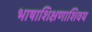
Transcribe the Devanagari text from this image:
भाषाशिक्षणाशिवय